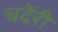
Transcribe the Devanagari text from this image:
चदेंरी